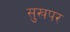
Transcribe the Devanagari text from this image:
सुखपर